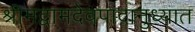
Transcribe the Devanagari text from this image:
श्रीमद्वामदेवपादानुध्यात